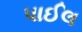
પાઈલ